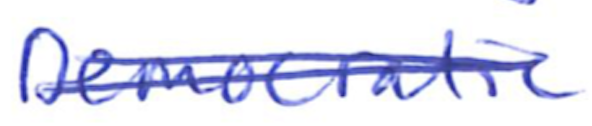
Text: Democratic
Cross-out: double-line
Writing tool: ballpoint